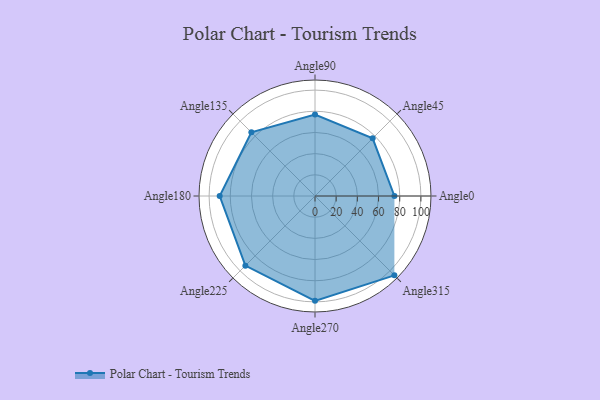
{"axis": {"x": "Angle", "y": "Radius"}, "legend": [""], "data": [{"x": "Angle0", "y": 75.0, "type": ""}, {"x": "Angle45", "y": 77.0, "type": ""}, {"x": "Angle90", "y": 77.0, "type": ""}, {"x": "Angle135", "y": 85.0, "type": ""}, {"x": "Angle180", "y": 90.0, "type": ""}, {"x": "Angle225", "y": 93.0, "type": ""}, {"x": "Angle270", "y": 99.0, "type": ""}, {"x": "Angle315", "y": 106.0, "type": ""}]}